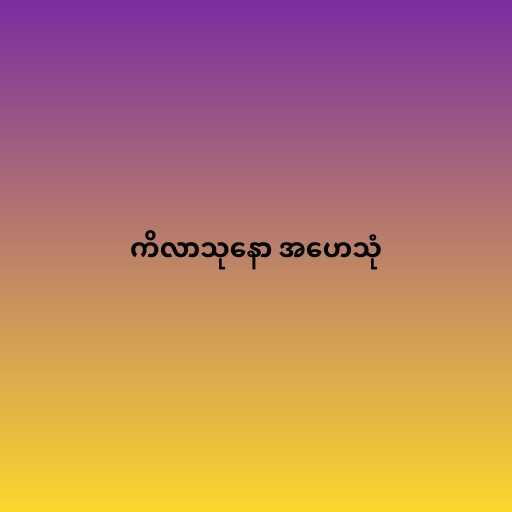
ကိလာသုနော အဟေသုံ